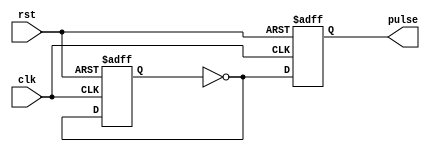
`timescale 1ns/1ns
module Oscillator#(parameter num_invs = 3 , parameter inv_delay = 35.8)(input clk , rst , output reg pulse);
  integer i;
  reg temp;
  
  always@(posedge clk , posedge rst) begin
    if(rst) begin
      temp <= 0;
      pulse <= 0;
    end else begin
      for(i = 0 ; i < num_invs ; i = i + 1) begin
        // 6*D = 0.215 us = 215 ns -> D = 215/6 = 35.8 ns --> LTSpice
        #inv_delay
        temp =~ temp;
      end
      pulse <= temp;
    end
    
  end
  
endmodule